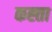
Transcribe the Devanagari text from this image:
कह्ता